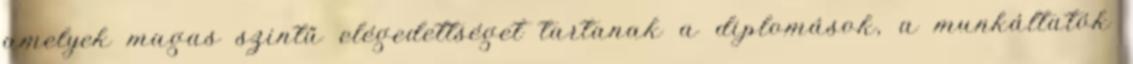
amelyek magas szintű elégedettséget tartanak a diplomások, a munkáltatók